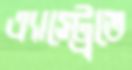
এ্যাস্ট্রেতে